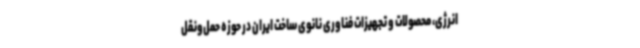
انرژی، محصولات و تجهیزات فناوری نانوی ساخت ایران در حوزه حمل‌ونقل